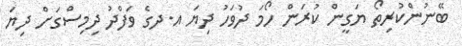
ބޭނުންކުރިތޯ ޔަގީން ކުރަން ހޯމަ ދުވަހު ދިޔަ އ.ދގެ ވަފްދު ދިމިސްގަށް ދިޔަ